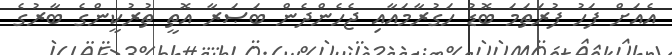
އެއަށް ފަހު ފުރަތަމަ ބޮޑު ހަގުރާމައާއި ޖެހެންދެން ބަޞަރާ އޮތީ ތުރުކީންގެ ބާރުގެ